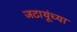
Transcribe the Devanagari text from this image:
जटायूंच्या